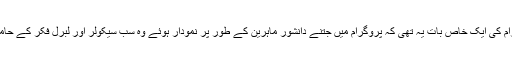
پروگرام کی ایک خاص بات یہ تھی کہ پروگرام میں جتنے دانشور ماہرین کے طور پر نمودار ہوئے وہ سب سیکولر اور لبرل فکر کے حامل ہیں۔